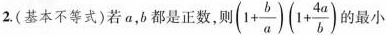
2.(基本不等式)若a，b都是正数，则 $$( 1 + \frac { b } { a } ) ( 1+ \frac { 4 a } { b